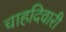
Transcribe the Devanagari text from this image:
चाहदिवारी